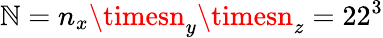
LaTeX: \mathbb{N}=n_{x}\timesn_{y}\timesn_{z}=22^{3}